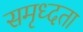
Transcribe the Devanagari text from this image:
समृध्दता